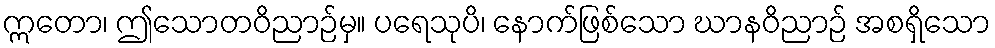
ဣတော၊ ဤသောတဝိညာဉ်မှ။ ပရေသုပိ၊ နောက်ဖြစ်သော ဃာနဝိညာဉ် အစရှိသော